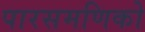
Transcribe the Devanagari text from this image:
पारसमणिको